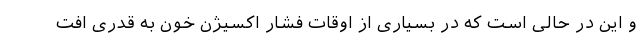
و این در حالی است که در بسیاری از اوقات فشار اکسیژن خون به قدری افت